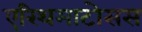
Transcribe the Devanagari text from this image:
एरिथमाटोसस